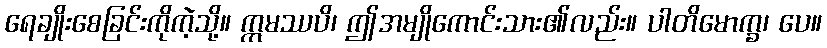
ရေချိုးစေခြင်းကိုကဲ့သို့။ ဣမဿပိ၊ ဤအမျိုကောင်းသား၏လည်း။ ပါတိမောက္ခ၊ ပေ။